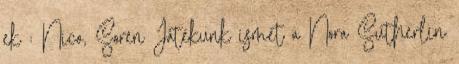
ek : Nico, Soren Játékunk ismét a Nora Sutherlin